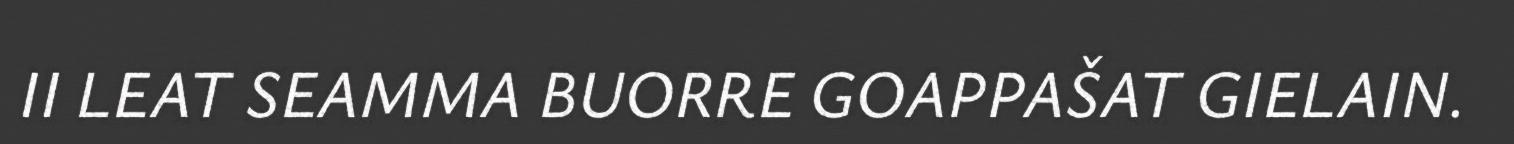
II LEAT SEAMMA BUORRE GOAPPAŠAT GIELAIN.